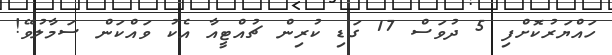
ހައްޔަރުކޮށްފި 5 ދުވަސް 17 ގަޑި ކުރިން ޗުއްޓީއާ އެކު ވައްކަން ސަމާލުވޭ!